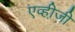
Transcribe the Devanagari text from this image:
एव्ही़जी